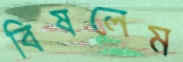
বিষলেম